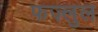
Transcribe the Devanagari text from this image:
फज़्लुल